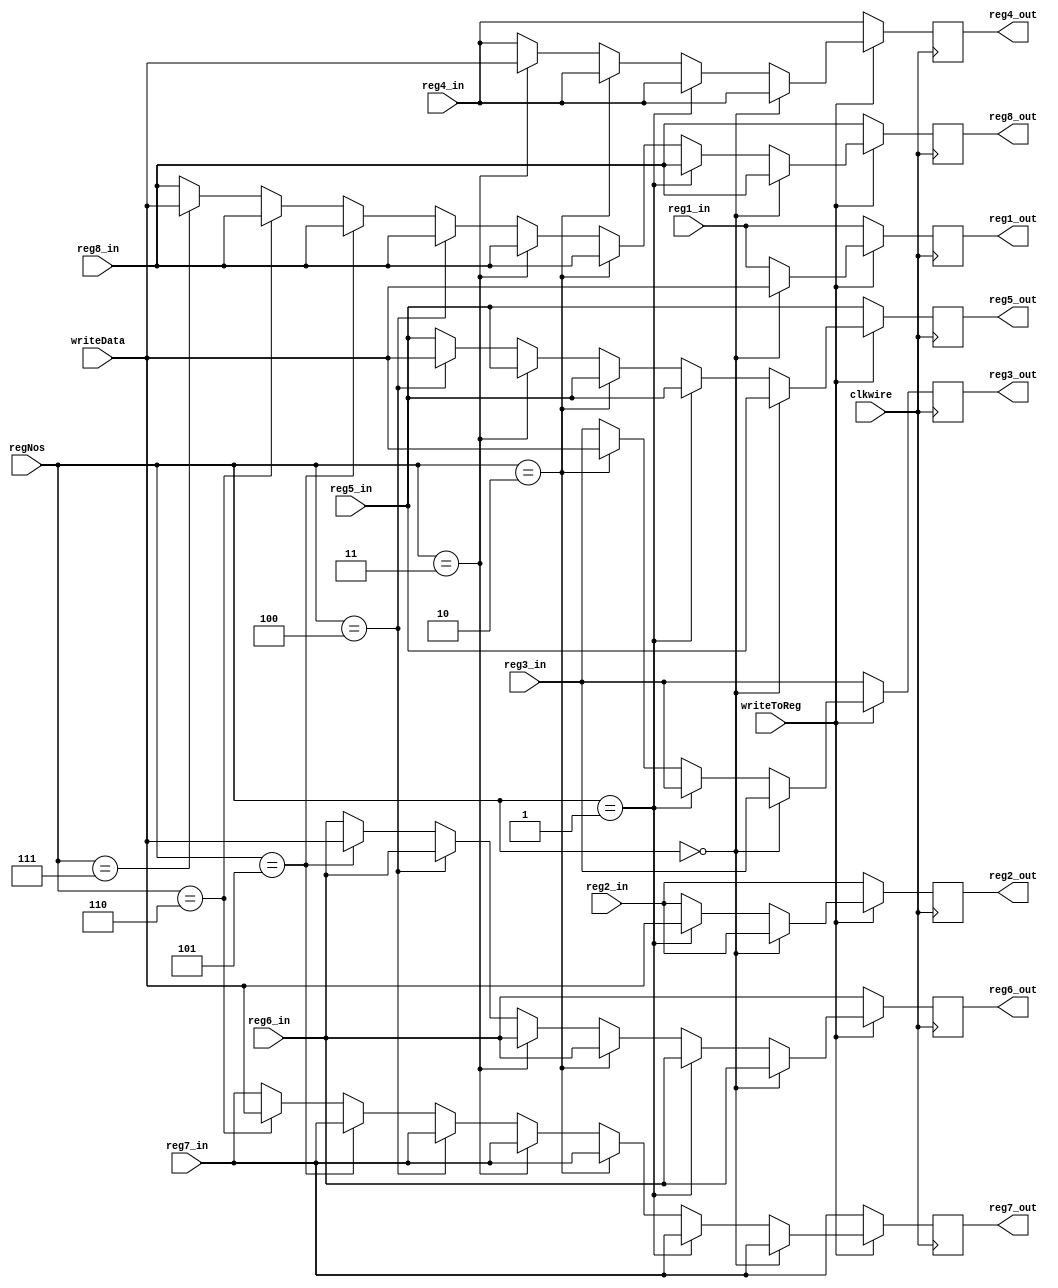
module write_back(
    input wire clkwire, 
    input writeToReg,
    input wire [15 : 0] writeData,
    input wire [3 : 0] regNos,
    input wire [15 : 0] reg1_in,
    input wire [15 : 0] reg2_in,
    input wire [15 : 0] reg3_in,
    input wire [15 : 0] reg4_in,
    input wire [15 : 0] reg5_in,
    input wire [15 : 0] reg6_in,
    input wire [15 : 0] reg7_in,
    input wire [15 : 0] reg8_in,

    output wire [15 : 0] reg1_out,
    output wire [15 : 0] reg2_out,
    output wire [15 : 0] reg3_out,
    output wire [15 : 0] reg4_out,
    output wire [15 : 0] reg5_out,
    output wire [15 : 0] reg6_out,
    output wire [15 : 0] reg7_out,
    output wire [15 : 0] reg8_out
);

    reg [3 : 0] ADD = 4'b0000;
    reg [3 : 0] SUB = 4'b0001;
    reg [3 : 0] MUL = 4'b0010;
    reg [3 : 0] LW =  4'b0011;
    reg [3 : 0] SW =  4'b0100;
    reg [3 : 0] BEQ = 4'b0101;
    reg [3 : 0] BNE = 4'b0110;

    reg [15: 0] reg1_in_data;
    reg [15: 0] reg2_in_data;
    reg [15: 0] reg3_in_data;
    reg [15: 0] reg4_in_data;
    reg [15: 0] reg5_in_data;
    reg [15: 0] reg6_in_data;
    reg [15: 0] reg7_in_data;
    reg [15: 0] reg8_in_data;



    assign reg1_out = reg1_in_data;
    assign reg2_out = reg2_in_data;
    assign reg3_out = reg3_in_data;
    assign reg4_out = reg4_in_data;
    assign reg5_out = reg5_in_data;
    assign reg6_out = reg6_in_data;
    assign reg7_out = reg7_in_data;
    assign reg8_out = reg8_in_data;

    initial
        begin
            reg1_in_data = 16'b0000000000000000;
            reg2_in_data = 16'b0000000000000000;
            reg3_in_data = 16'b0000000000000000;
            reg4_in_data = 16'b0000000000000000;
            reg5_in_data = 16'b0000000000000000;
            reg6_in_data = 16'b0000000000000000;
            reg7_in_data = 16'b0000000000000000;
            reg8_in_data = 16'b0000000000000000;
        end
    
    always @(posedge clkwire)
        begin
            reg1_in_data = reg1_in;
            reg2_in_data = reg2_in;
            reg3_in_data = reg3_in;
            reg4_in_data = reg4_in;
            reg5_in_data = reg5_in;
            reg6_in_data = reg6_in;
            reg7_in_data = reg7_in;
            reg8_in_data = reg8_in;

            if(writeToReg == 1'b1)
                begin
                    $display("data received by writeback unit is ", writeData);
                    if(regNos == 4'b0000)
                        begin 
                            reg1_in_data <= writeData;
                        end

                    else if(regNos == 4'b0001)
                        begin 
                            reg2_in_data <=writeData;
                        end

                    else if(regNos == 4'b0010)
                        begin 
                            reg3_in_data <=writeData;
                        end

                    else if(regNos == 4'b0011)
                        begin 
                            reg4_in_data <=writeData;
                        end

                    else if(regNos == 4'b0100)
                        begin 
                            reg5_in_data <=writeData;
                        end

                    else if(regNos == 4'b0101)
                        begin 
                            reg6_in_data <=writeData;
                        end

                    else if(regNos == 4'b0110)
                        begin 
                            reg7_in_data <=writeData;
                        end

                    else if(regNos == 4'b0111)
                        begin 
                            reg8_in_data <=writeData;
                        end

                end
        
                $display("reg state in wrtieback unit is : ", reg1_in_data, reg2_in_data, reg3_in_data, reg4_in_data, reg5_in_data, reg6_in_data, reg7_in_data, reg8_in_data);
        end

endmodule